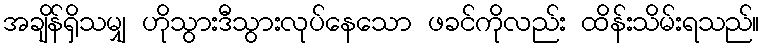
အချိန်ရှိသမျှ ဟိုသွားဒီသွားလုပ်နေသော ဖခင်ကိုလည်း ထိန်းသိမ်းရသည်။